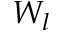
W _ { l }